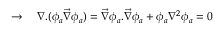
\rightarrow \ \ \ \nabla . ( \phi _ { a } \vec { \nabla } \phi _ { a } ) = \vec { \nabla } \phi _ { a } . \vec { \nabla } \phi _ { a } + \phi _ { a } \nabla ^ { 2 } \phi _ { a } = 0